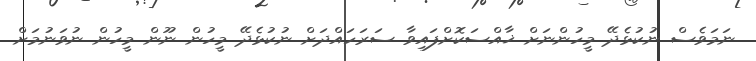
ނަމަވެސް ނުކުޅެދޭ މީހުންނަށް ޚާއްސަކޮށްފައިވާ ސަރަހައްދަށް ނުކުޅެދޭ މީހުން ނޫން މީހުން ނުވަނުމަށް